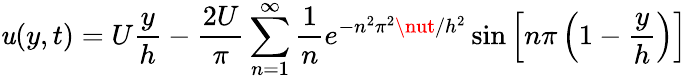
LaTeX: \mathit{u}(y,t)=U{\frac{{y}}{{h}}}-{\frac{{2U}}{{\pi}}}\sum_{n=1}^{\infty}{\frac{{1}}{{n}}}e^{-n^{2}\pi^{2}\nut/h^{2}}\sin\left[n\pi\left(1-{\frac{{y}}{{h}}}\right)\right]